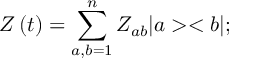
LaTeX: Z \left( t \right) = \sum _ { a , b = 1 } ^ { n } Z _ { a b } | a > < b | ;